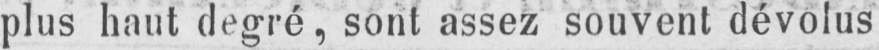
plus haut degré, sont assez souvent dévolus